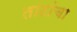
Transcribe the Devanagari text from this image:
ताटांचा